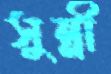
সুন্নী